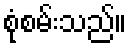
စုံစမ်းသည်။